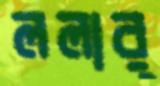
ললার্